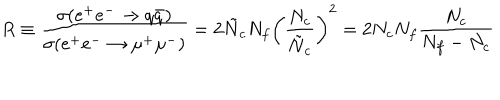
R \equiv \frac { \sigma ( e ^ { + } e ^ { - } \rightarrow q \bar { q } ) } { \sigma ( e ^ { + } e ^ { - } \rightarrow \mu ^ { + } \mu ^ { - } ) } = 2 \tilde { N } _ { c } N _ { f } \left( \frac { N _ { c } } { \tilde { N } _ { c } } \right) ^ { 2 } = 2 N _ { c } N _ { f } \frac { N _ { c } } { N _ { f } - N _ { c } }